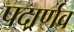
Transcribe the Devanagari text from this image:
पदार्र्णव